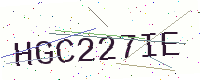
Text: HGC227IE